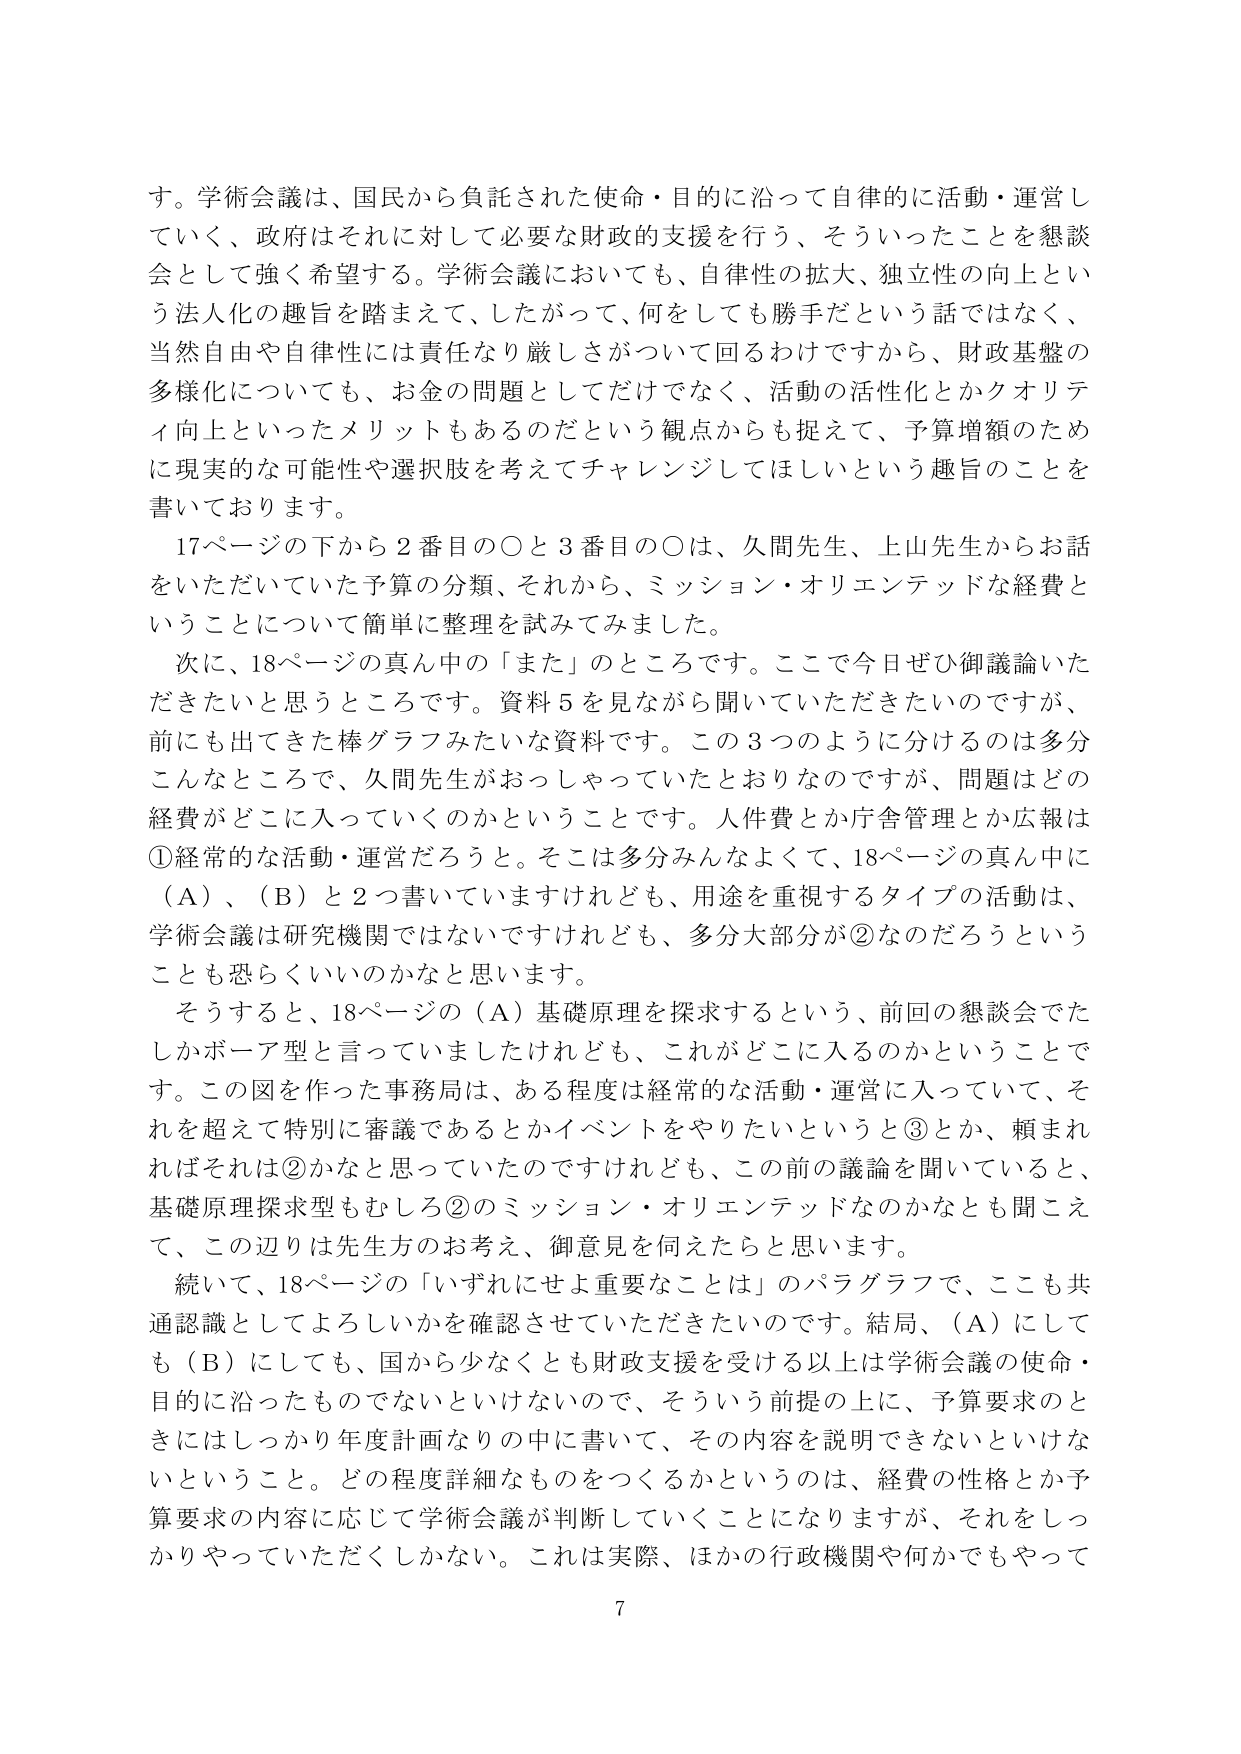
す。学術会議は、国民から負託された使命・目的に沿って自律的に活動・運営していく、政府はそれに対して必要な財政的支援を行う、そういったことを懇談会として強く希望する。学術会議においても、自律性の拡大、独立性の向上という法人化の趣旨を踏まえて、したがって、何をしても勝手だという話ではなく、当然自由や自律性には責任なり厳しさがついて回るわけですから、財政基盤の多様化についても、お金の問題としてだけでなく、活動の活性化とかクオリティ向上といったメリットもあるのだという観点からも捉えて、予算増額のために現実的な可能性や選択肢を考えてチャレンジしてほしいという趣旨のことを書いております。

17ページの下から2番目の〇と3番目の〇は、久間先生、上山先生からお話をしていただいていた予算の分類、それから、ミッション・オリエンテッドな経費ということについて簡単に整理を試みてみました。

次に、18ページの真ん中の「また」のところです。ここで今日ぜひ御議論いただきたいと思うところです。資料5を見ながら聞いていただきたいのですが、前にも出てきた棒グラフみたいな資料です。この3つのように分けるのは多分こんなところで、久間先生がおっしゃっていたとおりなのですが、問題はどの経費がどこに入っていくのかということです。人件費とか庁舎管理とか広報は①経常的な活動・運営だろうと。そこは多分みんなよくて、18ページの真ん中に（A）、（B）と2つ書いていますけれども、用途を重視するタイプの活動は、学術会議は研究機関ではないですけれども、多分大部分が②なのだろうということも恐らくいいのかなと思います。

そうすると、18ページの（A）基礎原理を探求するという、前回の懇談会でたしかボーア型と言っていましたけれども、これがどこに入るのかということです。この図を作った事務局は、ある程度は経常的な活動・運営に入っていて、それを超えて特別に審議であるとかイベントをやりたいというと③とか、頼まれればそれは②かなと思っていたのですけれども、この前の議論を聞いていると、基礎原理探求型もむしろ②のミッション・オリエンテッドなのかなとも聞こえて、この辺りは先生方のお考え、御意見を伺えたらと思います。

続いて、18ページの「いずれにせよ重要なことは」のパラグラフで、ここも共通認識としてよろしいかを確認させていただきたいのです。結局、（A）にしても（B）にしても、国から少なくとも財政支援を受ける以上は学術会議の使命・目的に沿ったものではないといけないので、そういう前提の上に、予算要求のときにはしっかり年度計画なりの中に書いて、その内容を説明できないといけないということ。どの程度詳細なものにつくるかというのは、経費の性格とか予算要求の内容に応じて学術会議が判断していくことになりますが、それをしっかりやっていただくしかない。これは実際、ほかの行政機関や何かでもやって

7